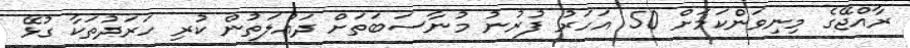
ރާއްޖޭގެ މިނިވަންކަމަށް 50 އަހަރު ފުރުނު މުނާސަބަތަށް ދައުލަތުން ކުރި ހަރަދުތަކާ ގުޅޭ